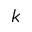
k